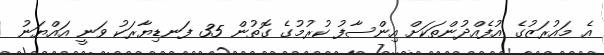
އެ މައުރަޒުގެ އުފެއްދުންތަކަށް އިންސާފު ކުރުމުގެ ގޮތުން 35 ފަނޑިޔާރަކު ވަނީ އައްޔަނު